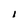
Character: l